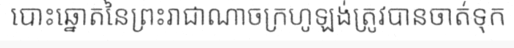
បោះឆ្នោតនៃព្រះរាជាណាចក្រហូឡង់ត្រូវបានចាត់ទុក